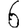
Digit: 6